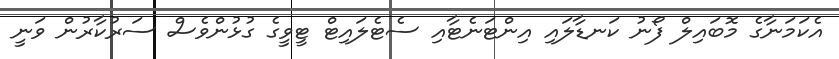
އެކަމަނާގެ މޮބައިލް ފޯނު ކަނޑާލައި އިންޓަނެޓާއި ސެޓެލައިޓް ޓީވީގެ ގުޅުންވެސް ސަރުކާރުން ވަނީ